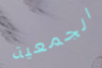
الجمعية